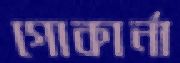
গোকার্না